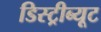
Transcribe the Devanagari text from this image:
डिस्ट्रीब्यूट